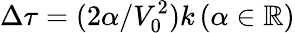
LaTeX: \Delta\tau=(2\alpha/V_{0}^{2})k\, (\alpha\in\mathbb{R})